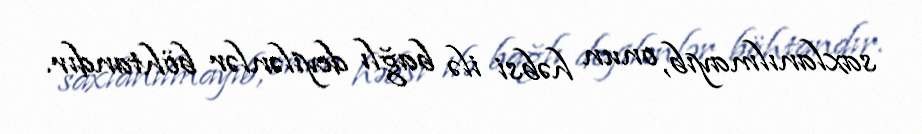
saxlanılmayıb, onun həbsi ilə bağlı deyilənlər böhtandır.